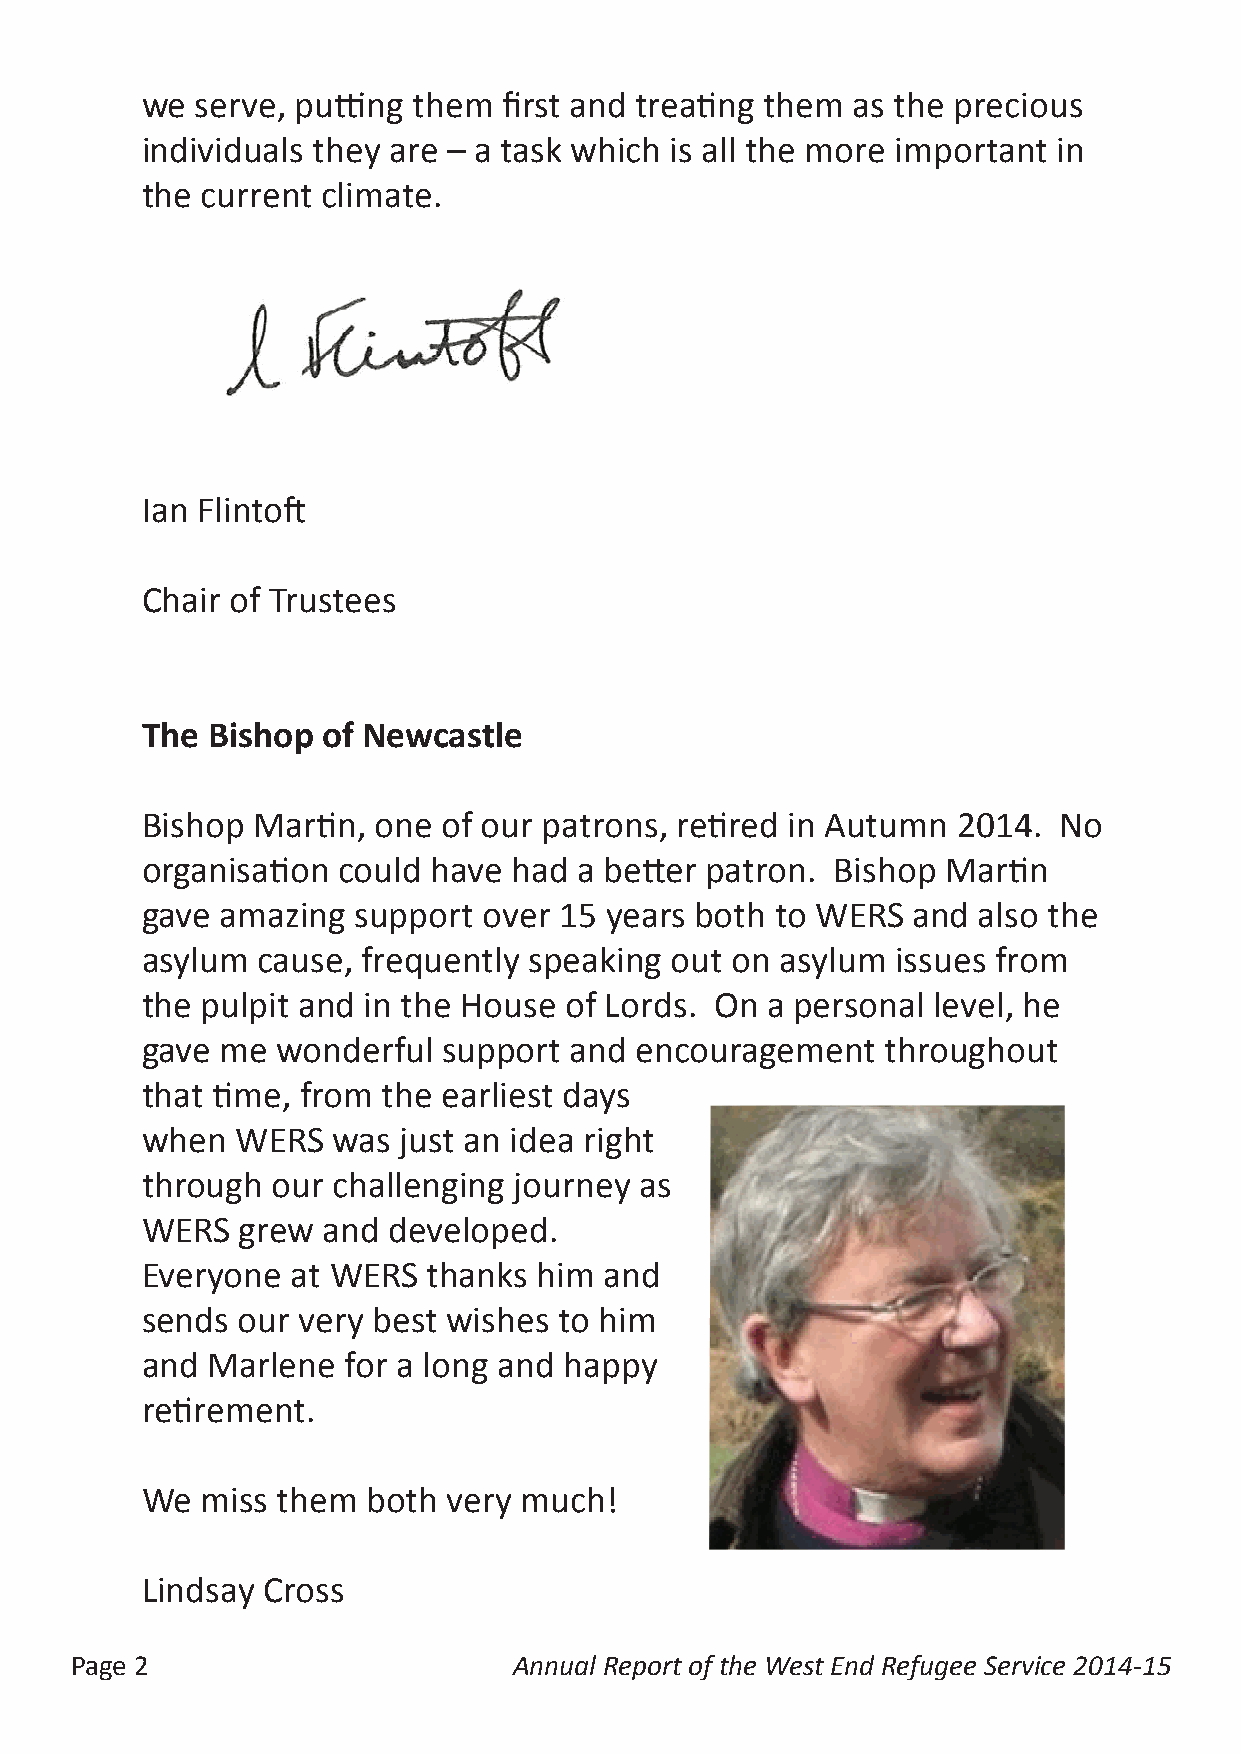
we  serve, putting them first and treating them as the precious
 individuals they are – a task which is all the more important in
 the current climate.
 Ian Flintoft
 Chair of Trustees
 The  Bishop of Newcastle
 Bishop  Martin, one of our patrons, retired in Autumn 2014.  No
 organisation could have  had a better patron. Bishop  Martin
 gave  amazing support  over 15 years both to WERS  and  also the
 asylum  cause, frequently speaking out on  asylum issues from
 the pulpit and in the House of Lords. On  a personal level, he
 gave  me wonderful  support  and encouragement    throughout
 that time, from the earliest days
 when   WERS  was just an idea right
 through  our challenging journey as
 WERS   grew and  developed.
 Everyone  at WERS  thanks  him and
 sends  our very best wishes to him
 and  Marlene  for a long and happy
 retirement.
 We  miss them  both  very much!
 Lindsay Cross
 Page 2                       Annual Report of the West End Refugee Service 2014-15